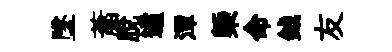
墜䔥脱遹潭槩命鉞友